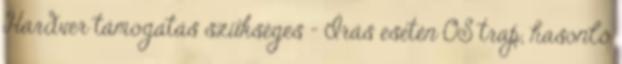
Hardver támogatás szükséges – Írás esetén OS trap, hasonló